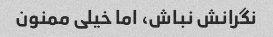
نگرانش نباش، اما خیلی ممنون